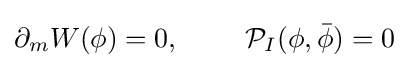
\partial _{m}W(\phi )=0,\ \ \ \ \ \ \ {\mathcal {P}}_{I}(\phi ,{\bar {\phi }})=0